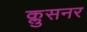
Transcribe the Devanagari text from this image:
क्लुसनर